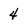
Character: 4